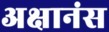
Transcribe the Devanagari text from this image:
अक्षानंस